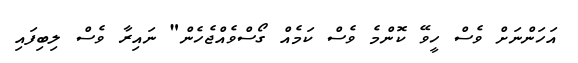
އަހަންނަށް ވެސް ހީވޭ ކޮންމެ ވެސް ކަމެއް ގޯސްވެއްޖެހެން" ނައިރާ ވެސް ލިބިފައި